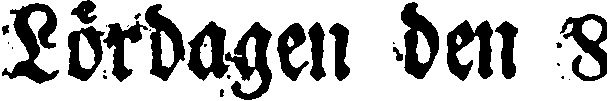
Lördagen den 8